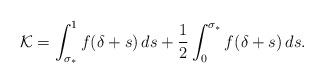
LaTeX: \begin{align*}\mathcal K= \int_{\sigma_*}^1 f(\delta+s)\, ds + \frac 12\int_0^{\sigma_*}f(\delta+s)\, ds.\end{align*}